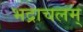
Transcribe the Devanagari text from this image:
भद्राचलम्‌